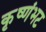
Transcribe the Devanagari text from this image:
कृष्णंभट